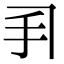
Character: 𫼓